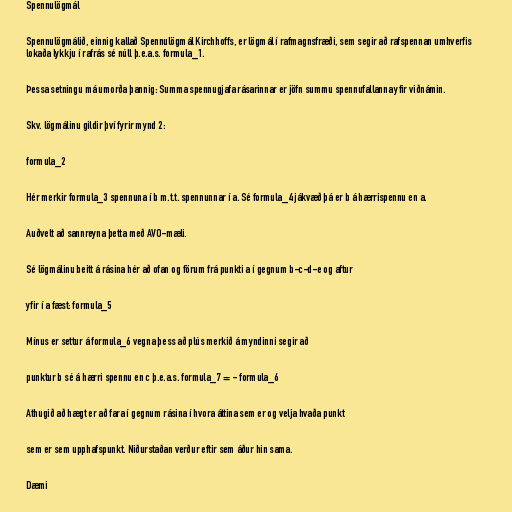
Spennulögmál

Spennulögmálið, einnig kallað Spennulögmál Kirchhoffs, er lögmál í rafmagnsfræði, sem segir að rafspennan umhverfis
lokaða lykkju í rafrás sé núll þ.e.a.s. formula_1.

Þessa setningu má umorða þannig: Summa spennugjafa rásarinnar er jöfn summu spennufallanna yfir viðnámin.

Skv. lögmálinu gildir því fyrir mynd 2:

formula_2

Hér merkir formula_3 spennuna í b m.t.t. spennunnar í a. Sé formula_4 jákvæð þá er b á hærrispennu en a.

Auðvelt að sannreyna þetta með AVO-mæli.

Sé lögmálinu beitt á rásina hér að ofan og förum frá punkti a í gegnum b-c-d-e og aftur

yfir í a fæst: formula_5

Mínus er settur á formula_6 vegna þess að plús merkið á myndinni segir að

punktur b sé á hærri spennu en c þ.e.a.s. formula_7 = - formula_6

Athugið að hægt er að fara í gegnum rásina í hvora áttina sem er og velja hvaða punkt

sem er sem upphafspunkt. Niðurstaðan verður eftir sem áður hin sama.

Dæmi